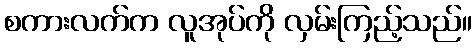
စကားလက်က လူအုပ်ကို လှမ်းကြည့်သည်။